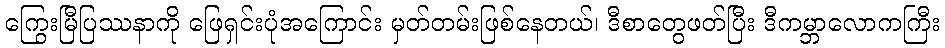
ကြွေးမြီပြဿနာကို ဖြေရှင်းပုံအကြောင်း မှတ်တမ်းဖြစ်နေတယ်၊ ဒီစာတွေဖတ်ပြီး ဒီကမ္ဘာလောကကြီး